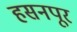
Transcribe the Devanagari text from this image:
हसनपूर